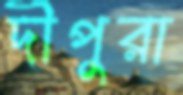
দীপুরা